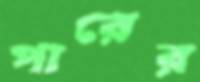
পারের